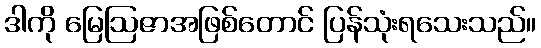
ဒါကို မြေဩဇာအဖြစ်တောင် ပြန်သုံးရသေးသည်။